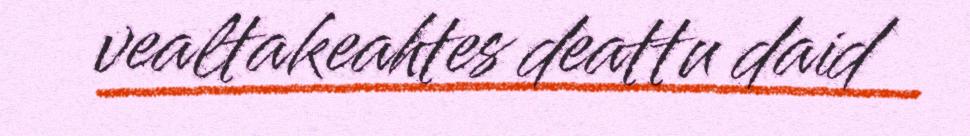
vealtakeahtes deattu daid